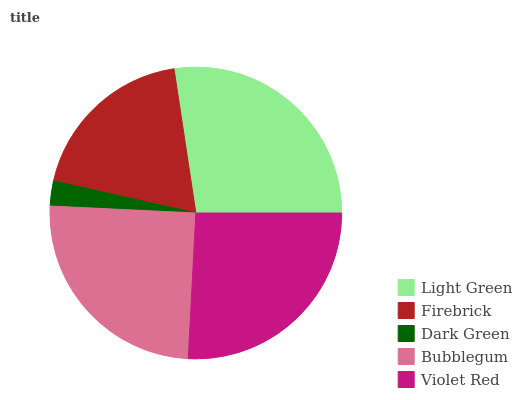
| Light Green | Firebrick | Dark Green | Bubblegum | Violet Red |
 | --- | --- | --- | --- | --- |
 | 27.4% | 19.1% | 2.77% | 25% | 25.8% |